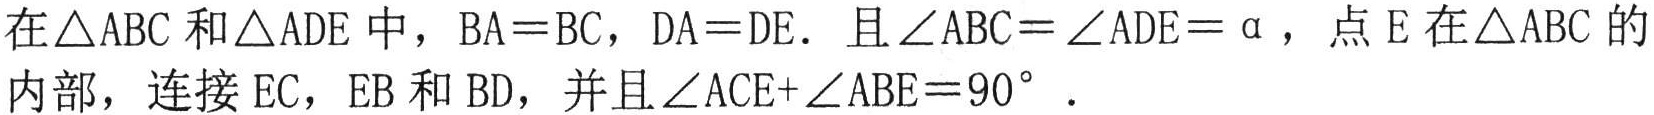
在\(\triangle ABC\)和\(\triangle ADE\)中，\(BA = BC\)，\(DA = DE\). 且\(\angle ABC=\angle ADE = \alpha\)，点\(E\)在\(\triangle ABC\)的
内部，连接\(EC\)，\(EB\)和\(BD\)，并且\(\angle ACE+\angle ABE = 90^{\circ}\).